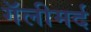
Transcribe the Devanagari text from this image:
गॅलीमर्द